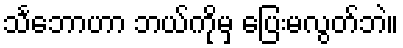
သင်္ဘောဟာ ဘယ်ကိုမှ ပြေးမလွတ်ဘဲ။